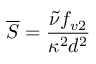
\overline { { S } } = \frac { \tilde { \nu } f _ { v 2 } } { \kappa ^ { 2 } d ^ { 2 } }